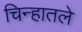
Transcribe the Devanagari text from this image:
चिन्हातले